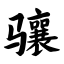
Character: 骧